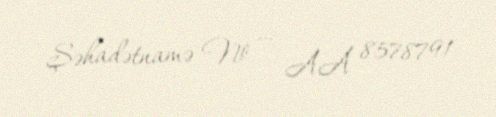
Şəhadətnamə № — AA 8578791